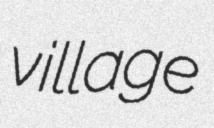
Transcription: village